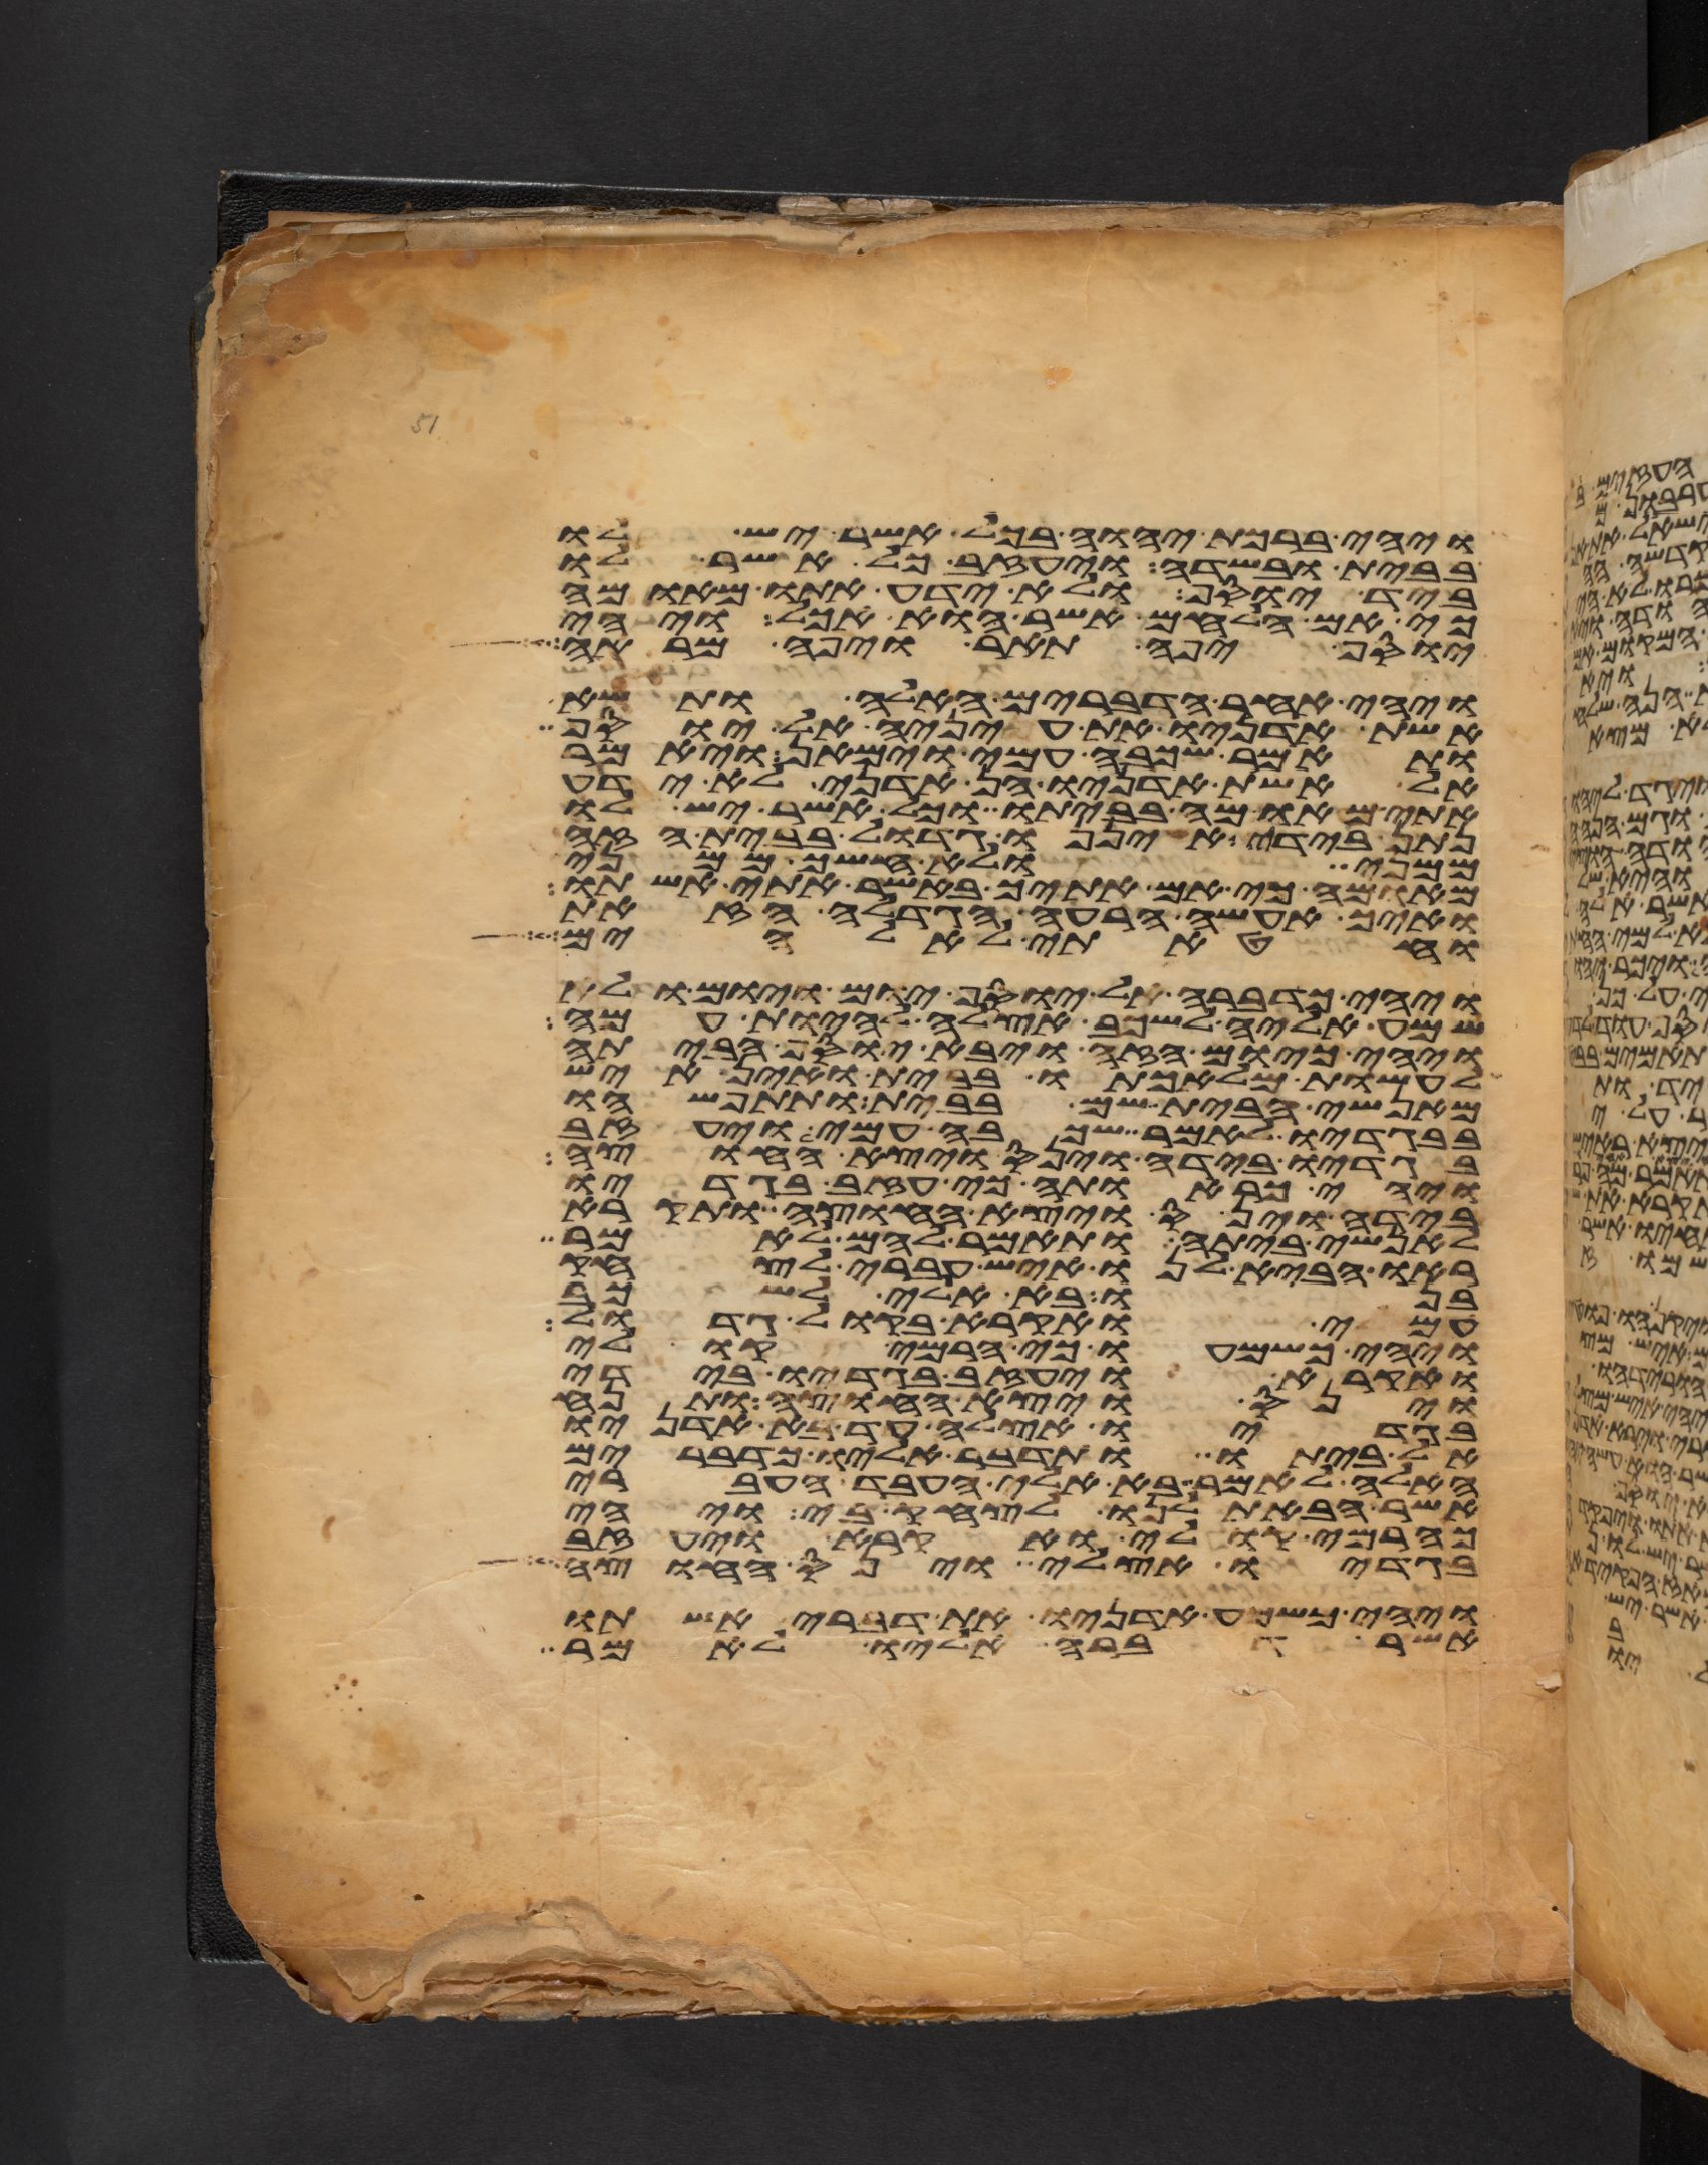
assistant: ויהי ברכת יהוה בכל אשר יש לו
בבית ובשדה ויעזב כל אשר לו
ביד יוסף ולא ידע אתו מאומה
כי אם הלחם אשר הוא אכל ויהי
יוסף יפה תאר ויפה מראה
ויהי אחר הדברים האלה ותשא
אשת אדניו את עיניה אל יוסף
ותאמר שכבה עמי וימאן ויאמר
אל אשת אדניו הן אדני לא ידע
אתי מאומה בביתו וכל אשר יש לו
נתן בידי איננו גדול בבית הזה
ממני ולא חשך ממני
מאומה כי אם אתיך באשר אתי אשתו
ואיך אעשה הרעה הגדלה הזאת
וחטאתי לאלהים
ויהי כדברה אל יוסף יום ויום ולא
שמע אליה לשכב אצלה להיות עמה
ויהי כיום הזה ויבא יוסף הביתה
לעשות מלאכתו בבית ואין איש
מאנשי הבית שם בבית ותתפשהו
בבגדיו לאמר שכבה עמי ויעזב
בגדיו בידה וינס ויצא החוצה
ויהי כראותה כי עזב בגדיו
בידה וינס ויצא החוצה ותקרא
לאנשי ביתה ותאמר להם לאמר
ראו הביא לנו איש עברי לצחק
בנו בא אלי לשכב
עמי ואקרא בקול גדול
ויהי כשמעו כי הרמי קולי
ואקרא ויעזב בגדיו בידי
וינס ויצא החוצה ותנח
בגדיו אצלה עד בא אדניו
אל ביתו ותדבר אליו כדברים
האלה לאמר בא אלי העבד העברי
אשר הבאת לנו לצחק בי ויהי
כהרמי קולי ואקרא ויעזב
בגדיו אצלי וינס החוצה
ויהי כשמע אדניו את דברי אשתו
אשר דברה אליו לאמר